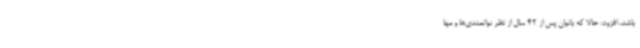
باشد، افزود: حالا که بانوان پس از 42 سال از نظر توانمندی‌ها و مها